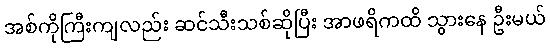
အစ်ကိုကြီးကျလည်း ဆင်သီးသစ်ဆိုပြီး အာဖရိကထိ သွားနေ ဦးမယ်